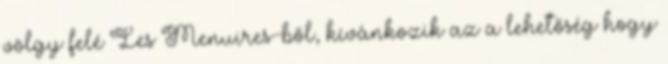
völgy felé Les Menuires-ből, kívánkozik az a lehetőség hogy